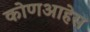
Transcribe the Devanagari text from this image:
कोणआहेस